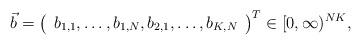
LaTeX: \begin{align*}\vec{b}=\left(\begin{array}{c}b_{1,1},\dots,b_{1,N},b_{2,1},\dots,b_{K,N}\end{array}\right)^T \in[0,\infty)^{NK},\end{align*}